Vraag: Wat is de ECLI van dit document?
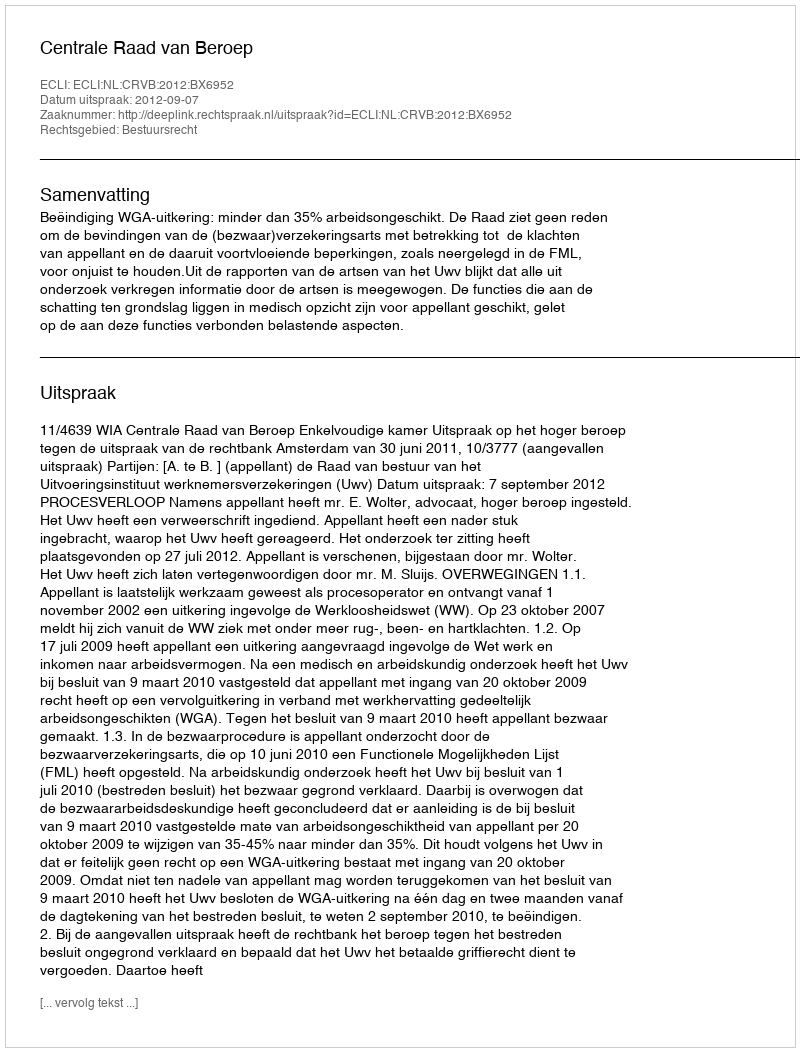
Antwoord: ECLI:NL:CRVB:2012:BX6952